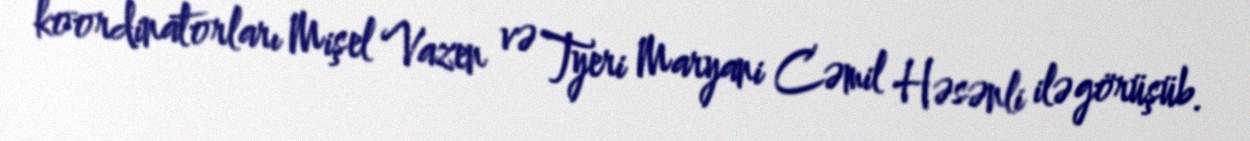
koordinatorları Mişel Vazen və Tyeri Maryani Cəmil Həsənli ilə görüşüb.